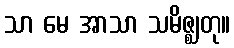
သာ မေ အာသာ သမိဇ္ဈတု။